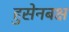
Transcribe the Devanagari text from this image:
हुसेनबक्ष